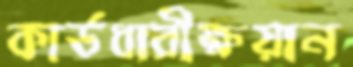
কার্ডধারীক্ষয়ান